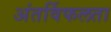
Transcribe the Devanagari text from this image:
अंतर्विफलता